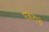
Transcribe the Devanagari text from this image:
एकराचे